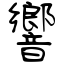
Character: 響